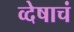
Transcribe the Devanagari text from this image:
व्देषाचं